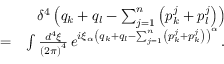
\begin{array} { r l r } & { } & { \delta ^ { 4 } \left( q _ { k } + q _ { l } - \sum _ { j = 1 } ^ { n } \left( p _ { k } ^ { j } + p _ { l } ^ { j } \right) \right) } \\ & { = } & { \int \frac { d ^ { 4 } \xi } { \left( 2 \pi \right) ^ { 4 } } \, e ^ { i \xi _ { \alpha } \left( q _ { k } + q _ { l } - \sum _ { j = 1 } ^ { n } \left( p _ { k } ^ { j } + p _ { k } ^ { j } \right) \right) ^ { \alpha } } \, . } \end{array}